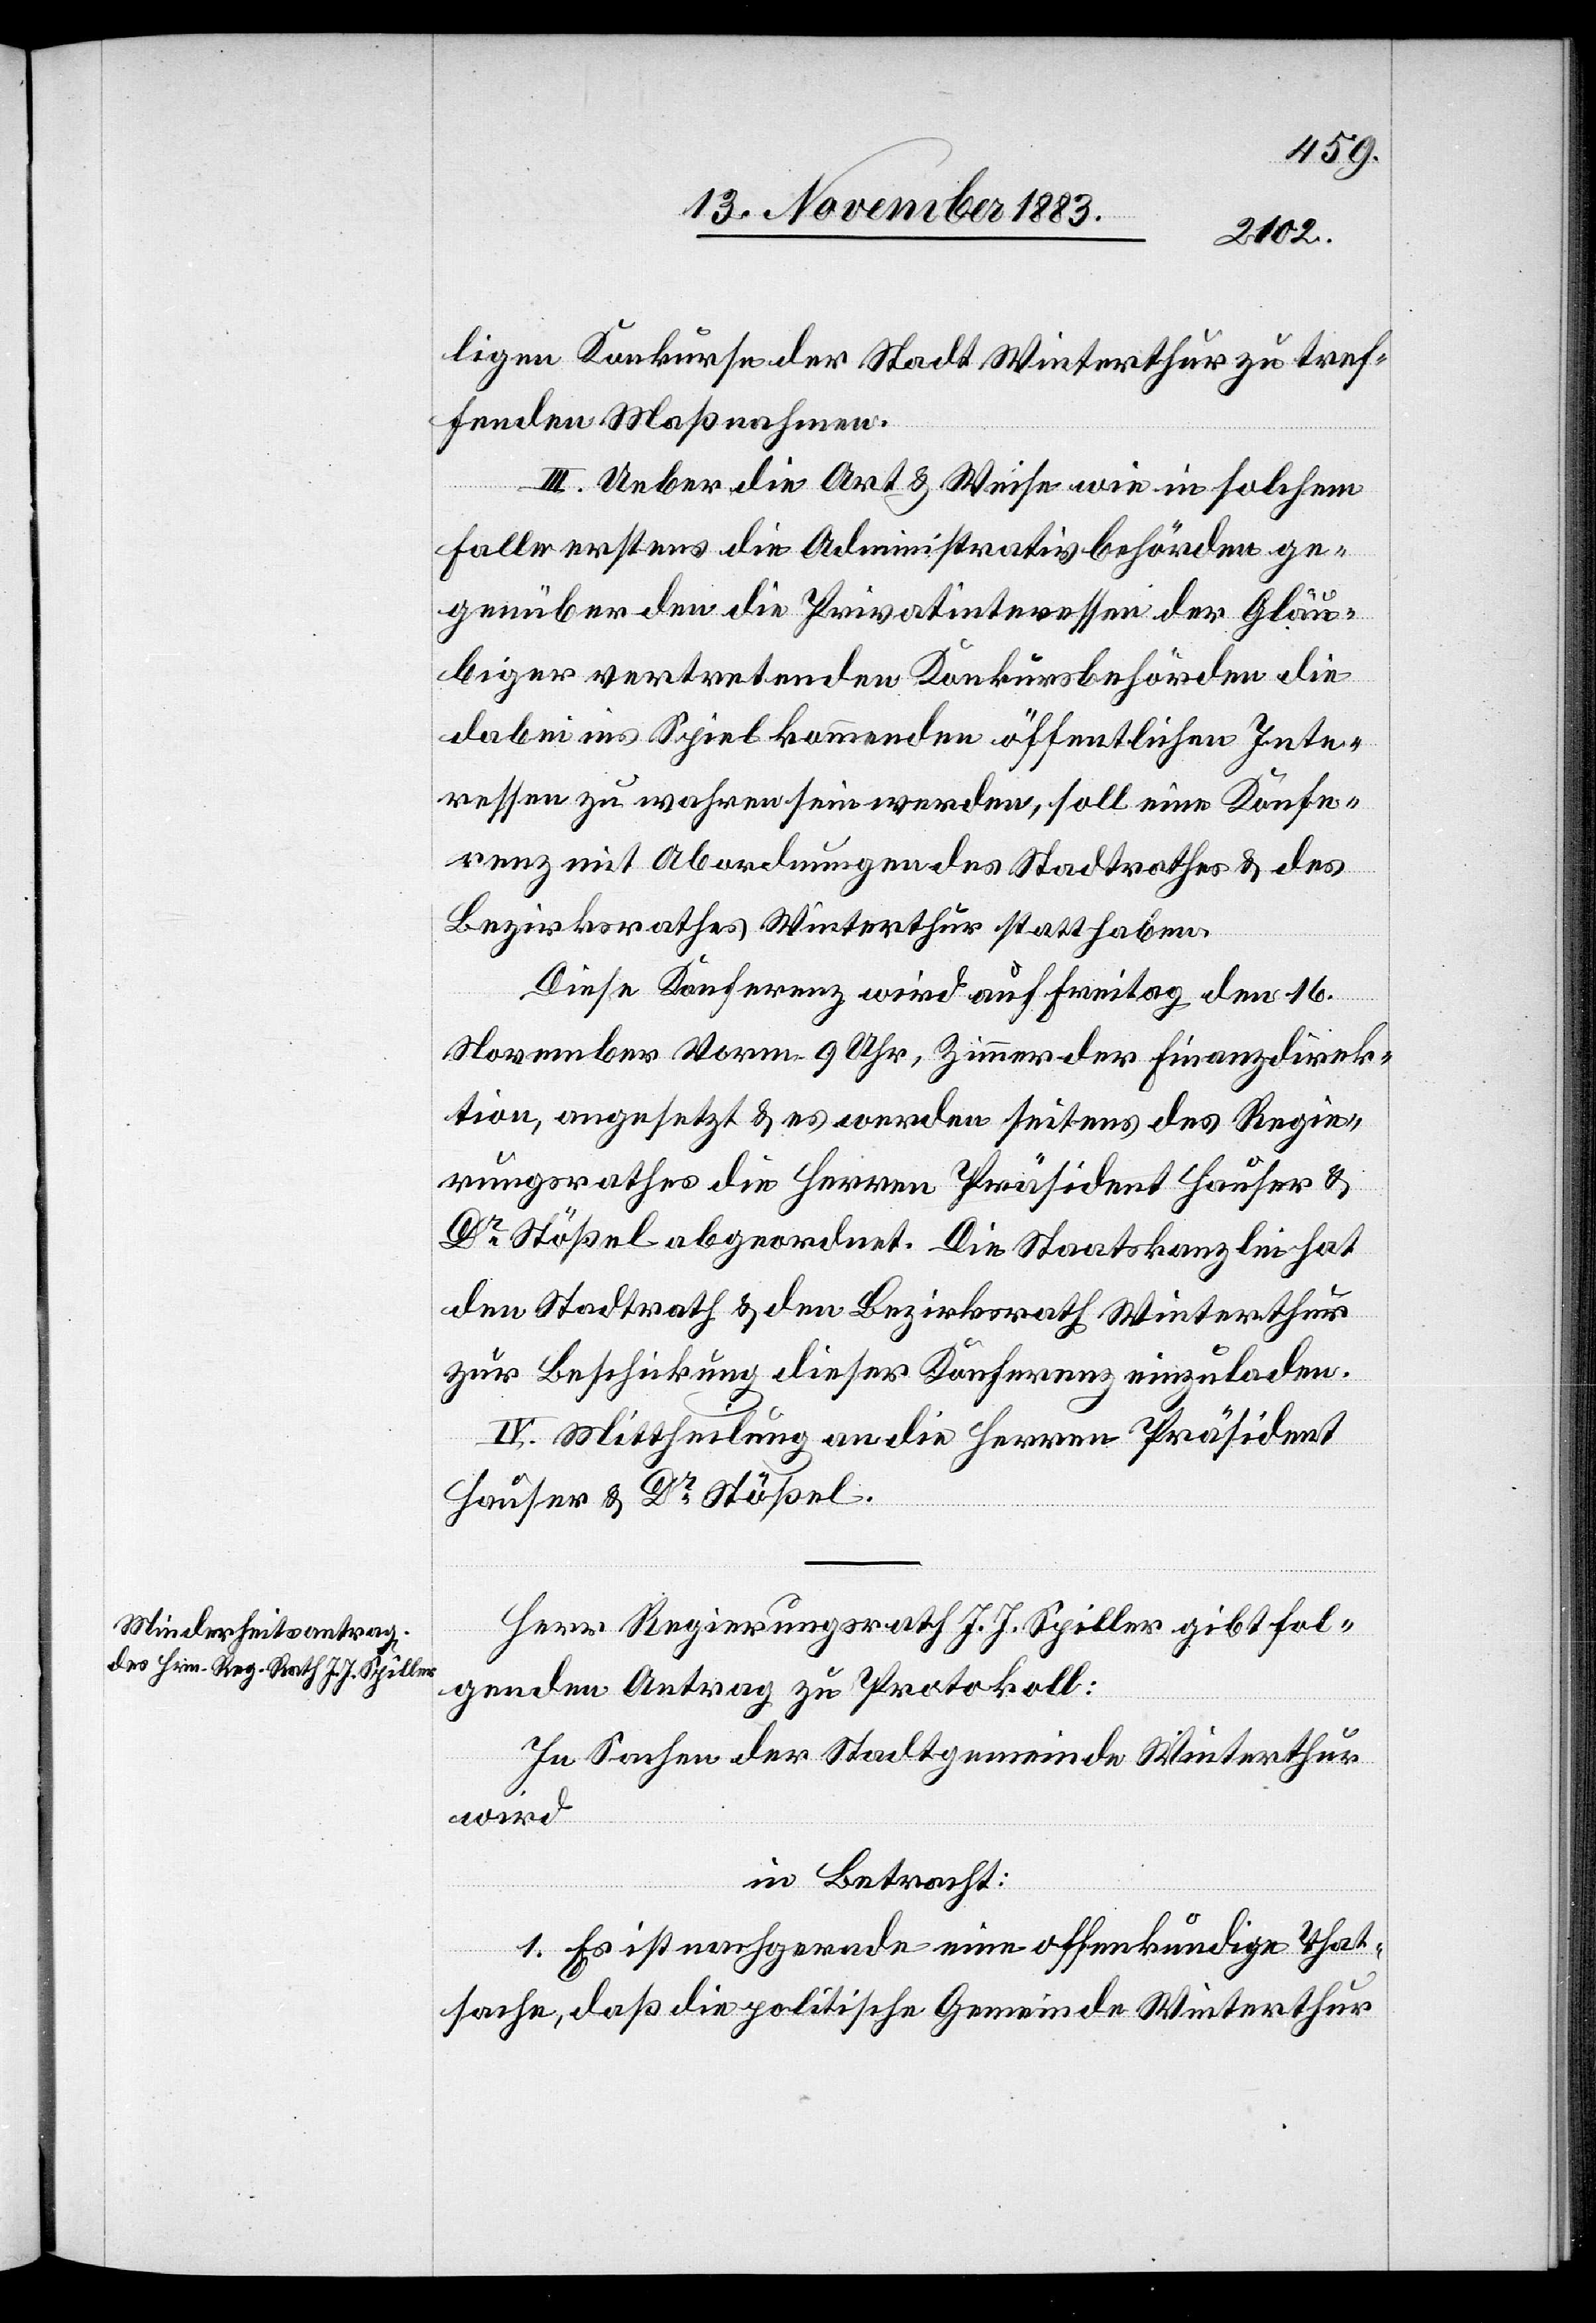
ligen Konkurse der Stadt Winterthur zu tref¬
fenden Maßnahmen.
III. Ueber die Art & Weise wie in solchem
Falle erstens die Administrativbehörden ge¬
genüber den die Privatinteressen der Gläu¬
biger vertretenden Konkursbehörden die
dabei ins Spiel kommenden öffentlichen Inte¬
ressen zu wahren sein werden, soll eine Konfe¬
renz mit Abordnungen des Stadtrathes & des
Bezirksrathes Winterthur statthaben.
Diese Konferenz wird auf Freitag den 16.
November Vorm. 9 Uhr, Zimmer der Finanzdirek¬
tion, angesetzt & es werden seitens des Regie¬
rungsrathes die Herren Präsident Hauser &
Dr Stößel abgeordnet. Die Staatskanzlei hat
den Stadtrath & den Bezirksrath Winterthur
zur Beschickung dieser Konferenz einzuladen.
IV. Mittheilung an die Herren Präsident
Hauser & Dr Stößel.
Herr Regierungsrath J. J. Spiller gibt fol¬
genden Antrag zu Protokoll:
In Sachen der Stadtgemeinde Winterthur
wird
in Betracht:
1. Es ist nachgerade eine offenkundige That¬
sache, daß die politische Gemeinde Winterthur